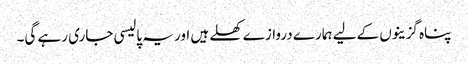
پناہ گزینوں کے لیے ہمارے دروازے کھلے ہیں اور یہ پالیسی جاری رہے گی۔